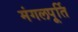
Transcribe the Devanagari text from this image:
मंगलपूर्ति